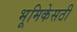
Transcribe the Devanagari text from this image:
भूमिकेसठी